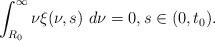
LaTeX: \begin{align*}\int_{R_{0}}^{\infty}\nu\xi(\nu,s)\ d\nu=0,s\in(0,t_{0}).\end{align*}